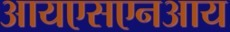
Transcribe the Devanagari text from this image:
आयएसएनआय